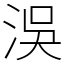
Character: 洖